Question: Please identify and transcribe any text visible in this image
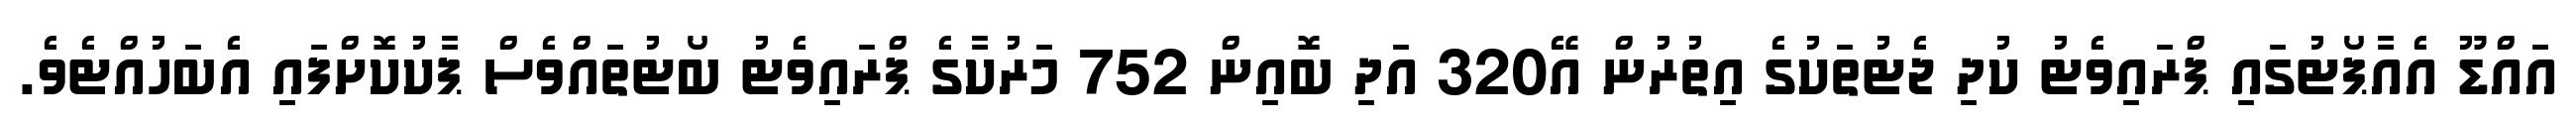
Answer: އައްޑޫ އެއާޕޯޓުގައި ޕްރައިވެޓު ކުދި ޖެޓުތަކުގެ އިތުރުން އޭ320 އަދި ބޮއިން 752 މަރުކާގެ ޕްރައިވެޓު ބޯޓުތައްވެސް ޕާކުކޮށްފައި އެބަހުއްޓެވެ.